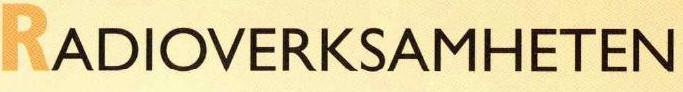
RADIOVERKSAMHETEN